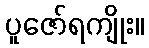
ပူဇော်ရကျိုး။